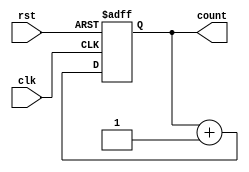
module ring_counter (
  input wire clk, // Clock input
  input wire rst, // Reset input
  output reg [N-1:0] count // Output representing current state of the counter
);

parameter N = 4; // Number of flip-flops in the ring counter

reg [N-1:0] next_count; // Temporary register to hold next state values

always @ (posedge clk or posedge rst) begin
  if (rst) begin
    count <= 0; // Reset the counter to initial state
  end else begin
    count <= next_count; // Update current state with next state values
  end
end

always @ (*) begin
  next_count = count + 1; // Increment the counter value for next state
end

endmodule